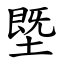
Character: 塈